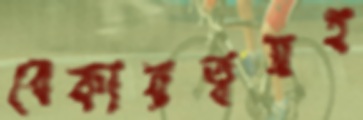
বেকারত্বসহ